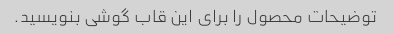
توضیحات محصول را برای این قاب گوشی بنویسید.